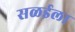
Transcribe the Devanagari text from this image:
सळईला